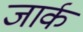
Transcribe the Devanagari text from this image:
जार्क